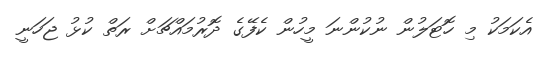
އެކަމަކު މި ހޮޓަލުން ނުކުންނަ މީހުން ކެފޭގެ ދޮރުމައްޗަށް ރަތް ކުޅު ޖަހަނީ